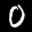
Label: 0